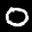
Label: 0